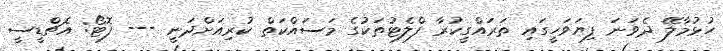
ހުޅުމާލޭ ދެވަނަ ފިޔަވަހީގައި ތަރައްގީކުރާ ފްލެޓުތަކުގެ މަސައްކަތް ކުރިއަށްދަނީ --- ފޮޓޯ: އެޗްޑީސީ